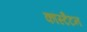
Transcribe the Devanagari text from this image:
कांस्टैटन